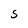
Character: S